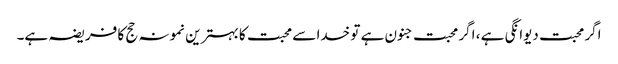
اگر محبت دیوانگی ہے ، اگر محبت جنون ہے تو خدا سے محبت کا بہترین نمونہ حج کا فریضہ ہے۔